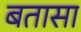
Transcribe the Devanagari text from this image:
बतासा